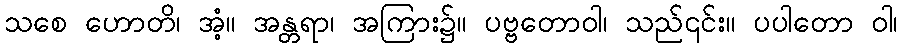
သစေ ဟောတိ၊ အံ့။ အန္တရာ၊ အကြား၌။ ပဗ္ဗတောဝါ၊ သည်၎င်း။ ပပါတော ဝါ၊